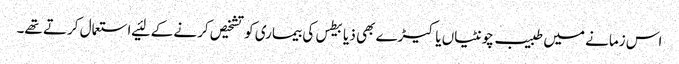
اس زمانے میں طبیب چونٹیاں یا کیڑے بھی ذیابیطس کی بیماری کو تشخیص کرنے کے لئیے استعمال کرتے تھے۔